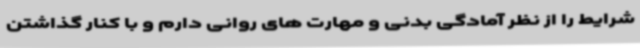
شرایط را از نظر آمادگی بدنی و مهارت های روانی دارم و با کنار گذاشتن